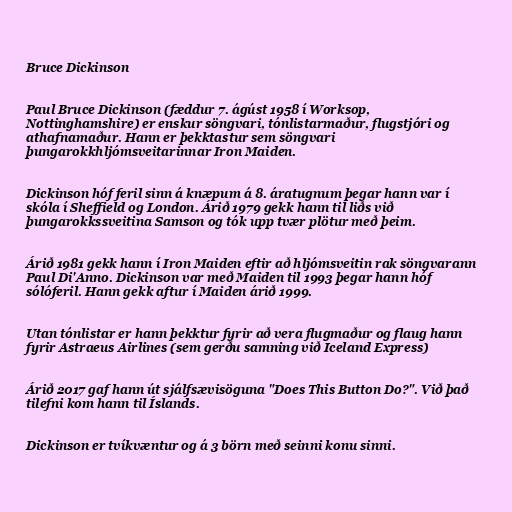
Bruce Dickinson

Paul Bruce Dickinson (fæddur 7. ágúst 1958 í Worksop,
Nottinghamshire) er enskur söngvari, tónlistarmaður, flugstjóri og
athafnamaður. Hann er þekktastur sem söngvari
þungarokkhljómsveitarinnar Iron Maiden.

Dickinson hóf feril sinn á knæpum á 8. áratugnum þegar hann var í
skóla í Sheffield og London. Árið 1979 gekk hann til liðs við
þungarokkssveitina Samson og tók upp tvær plötur með þeim.

Árið 1981 gekk hann í Iron Maiden eftir að hljómsveitin rak söngvarann
Paul Di'Anno. Dickinson var með Maiden til 1993 þegar hann hóf
sólóferil. Hann gekk aftur í Maiden árið 1999.

Utan tónlistar er hann þekktur fyrir að vera flugmaður og flaug hann
fyrir Astraeus Airlines (sem gerðu samning við Iceland Express)

Árið 2017 gaf hann út sjálfsævisöguna "Does This Button Do?". Við það
tilefni kom hann til Íslands.

Dickinson er tvíkvæntur og á 3 börn með seinni konu sinni.